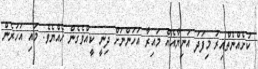
ކުށެއްނެތްއިރު މިފަދަ އަނިޔާއެއް މައިރާ އަހަންނަށް ދިނީ ކީއްވެގެން ހެއްޔެވެ. މައި އަހަރެން